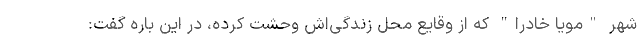
شهر "مویا خادرا" که از وقایع محل زندگی‌اش وحشت کرده، در این باره گفت: